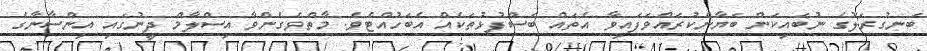
ބަނގުރަލުގެ ނުބައިކަން ބަޔާންކުރައްވަފައިވާ އެތައް ބަސްފުޅުތަކެއް އެބަހުއްޓެވެ. މާތްވެގެންވާ އިސްލާމް ދީނުގައި އިންސާނާގެ